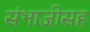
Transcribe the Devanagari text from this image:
संभाजीसह